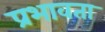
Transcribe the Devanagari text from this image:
प्रभावता